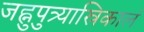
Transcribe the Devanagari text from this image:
जह्नुपुत्र्यास्रिकालं